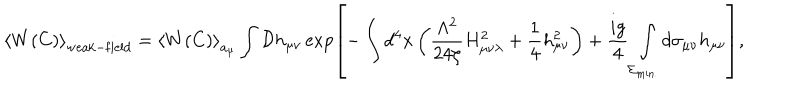
\left< W ( C ) \right> _ { \mathrm { w e a k - f i e l d } } = \left< W ( C ) \right> _ { a _ { \mu } } \int { \cal D } h _ { \mu \nu } \exp \left[ - \int d ^ { 4 } x \left( \frac { \Lambda ^ { 2 } } { 2 4 \zeta } H _ { \mu \nu \lambda } ^ { 2 } + \frac 1 4 h _ { \mu \nu } ^ { 2 } \right) + \frac { i g } { 4 } \int _ { \Sigma _ { \mathrm { m i n . } } } ^ { } d \sigma _ { \mu \nu } h _ { \mu \nu } \right] ,